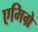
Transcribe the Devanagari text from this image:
एमिग्रे